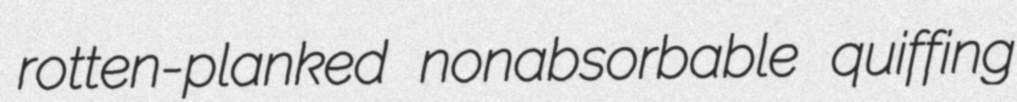
rotten-planked nonabsorbable quiffing